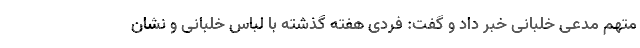
متهم مدعی خلبانی خبر داد و گفت: فردی هفته گذشته با لباس خلبانی و نشان